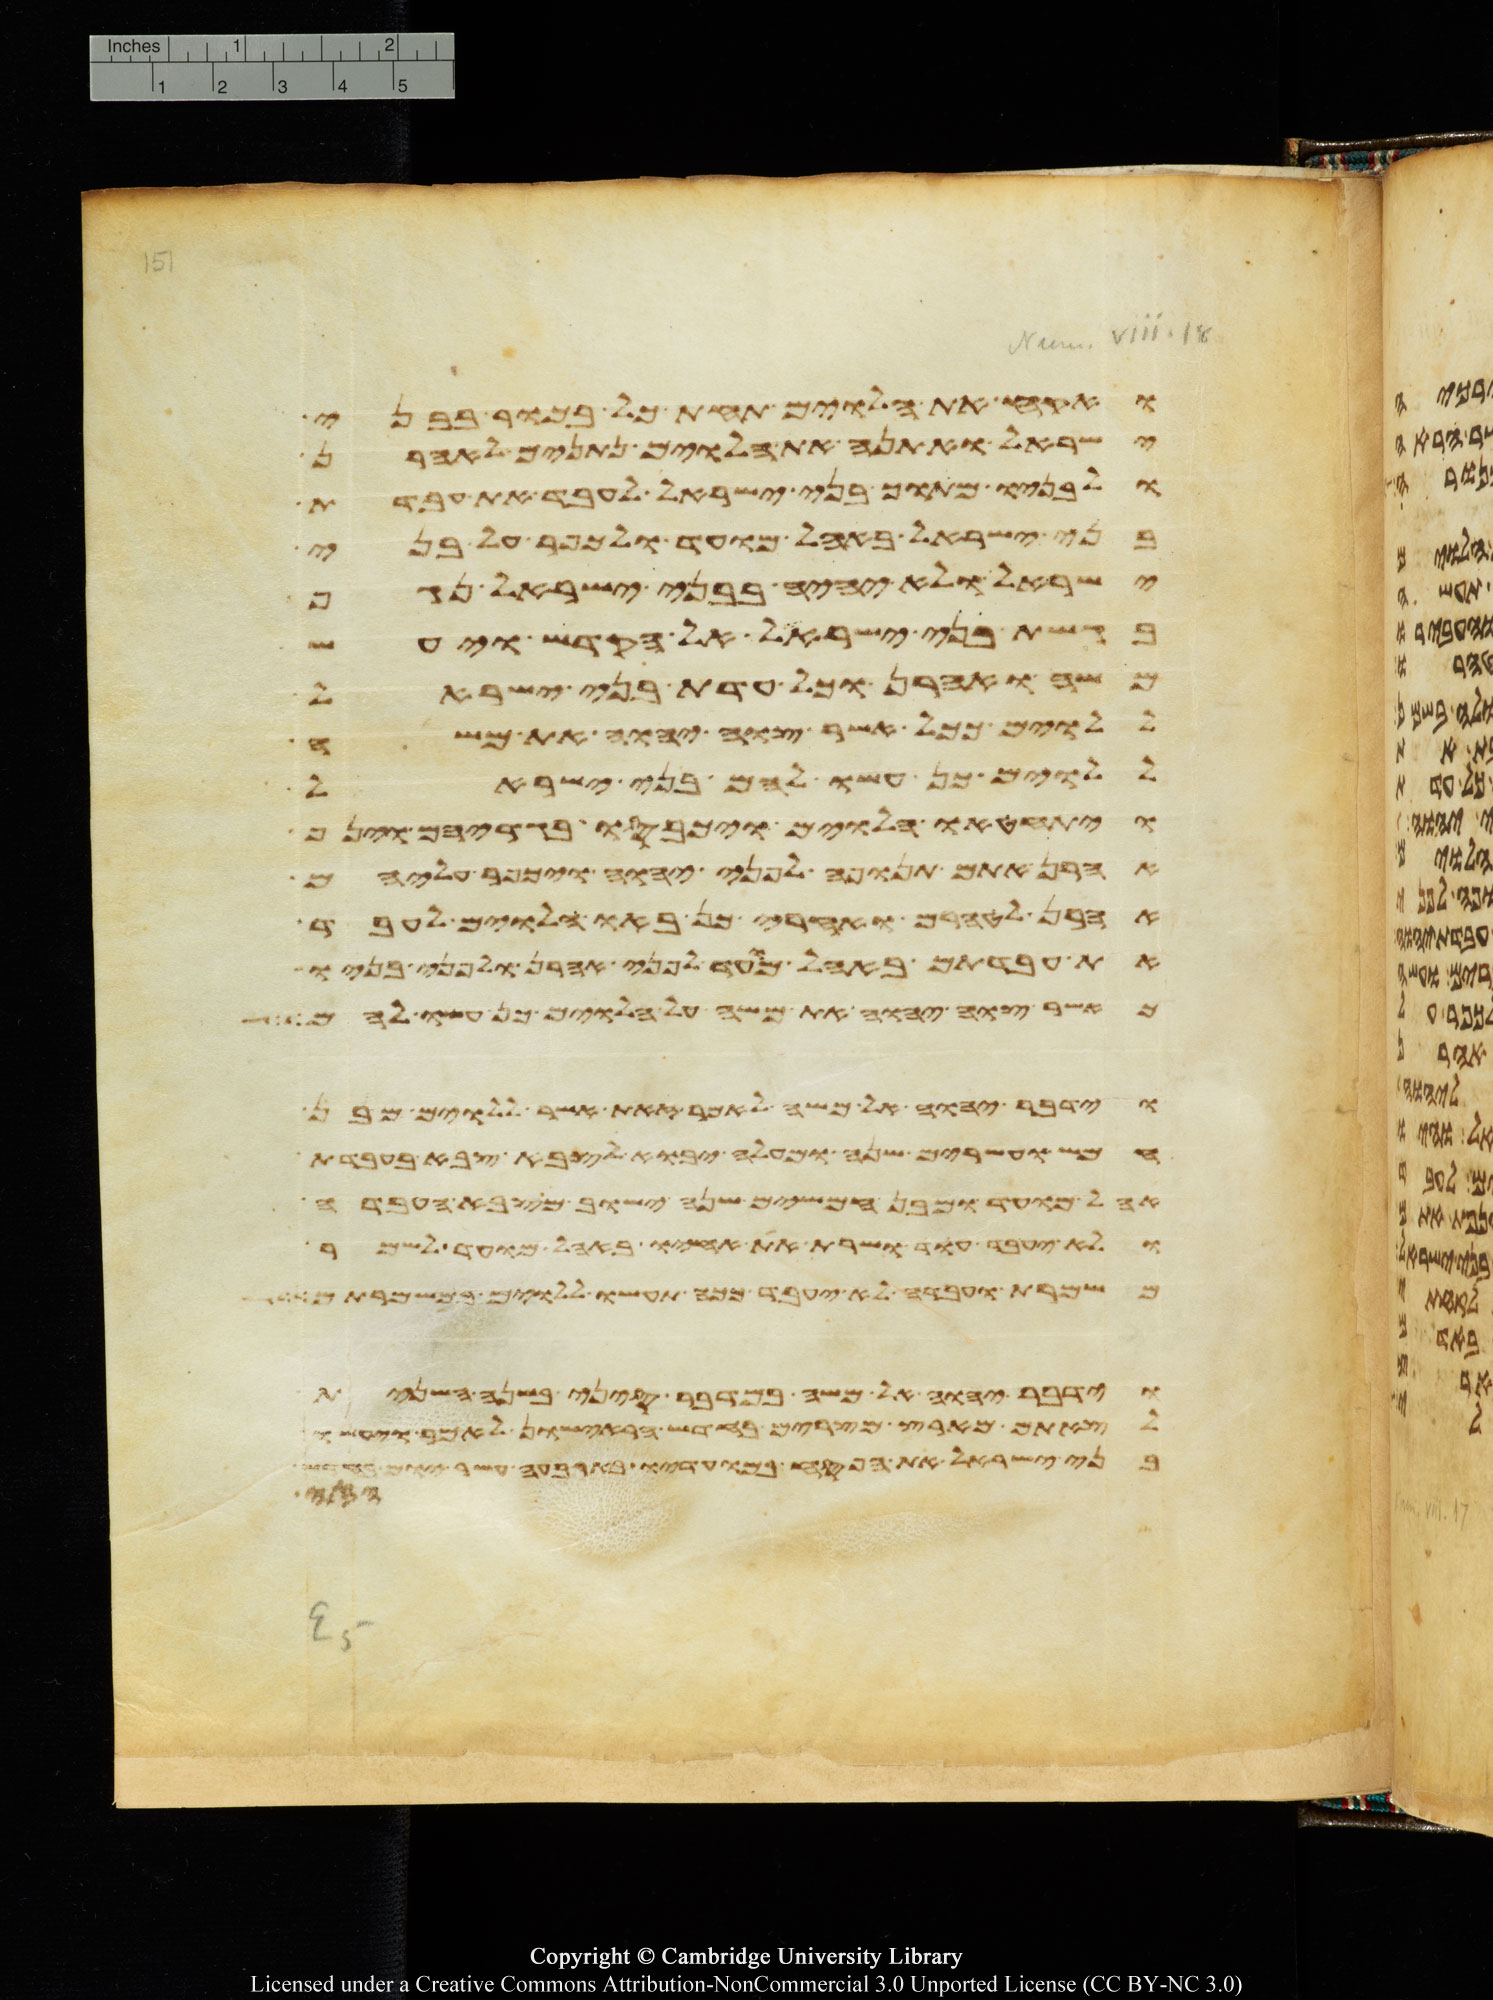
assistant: ואקח את הלוים תחת כל בכור בבני
ישראל ואתנה את הלוים נתנים לאהרן
ולבניו מתוך בני ישראל לעבד את עבדת
בני ישראל באהל מועד ולכפר על בני
ישראל ולא יהיה בבני ישראל נגף
בגשת בני ישראל אל הקדש ויעש
משה ואהרן וכל עדת בני ישראל
ללוים ככל אשר צוה יהוה את משה
ללוים כן עשו להם בני ישראל
ויתחטאו הלוים ויכבסו בגדיהם וינף
אהרן אתם תנופה לפני יהוה ויכפר עליהם
אהרן לטהרם ואחרי כן באו הלוים לעבד
את עבדתם באהל מועד לפני אהרן ולפני בניו
כאשר צוה יהוה את משה על הלוים כן עשו להם
וידבר יהוה אל משה לאמר זאת אשר ללוים מבן
חמש ועשרים שנה ומעלה יבוא לצבא צבא בעבדת
אהל מועד ומבן חמשים שנה ישוב מצבא העבדה
ולא יעבד עוד ושרת את אחיו באהל מועד לשמר
משמרת ועבדה לא יעבד ככה תעשו ללוים במשמרתם
וידבר יהוה אל משה במדבר סיני בשנה השנית
לצאתם מארץ מצרים בחדש הראישון לאמר ויעשו
בני ישראל את הפסח במועדיו בארבעה עשר יום
וחזקי